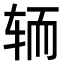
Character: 𮝵